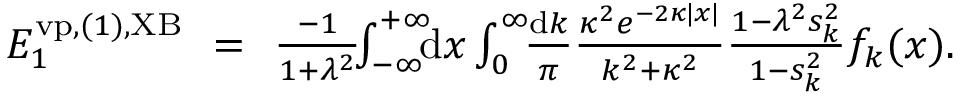
\begin{array} { r l r } { { \cal E } _ { 1 } ^ { \ensuremath { \mathrm { v p } } , ( 1 ) , \mathrm { X B } } \! \! } & { = } & { \! \! \frac { - 1 } { 1 + \lambda ^ { 2 } } \! \! \int _ { - \infty } ^ { + \infty } \! \! \! \mathrm { d } x \int _ { 0 } ^ { \infty } \! \! \frac { \mathrm d k } { \pi } \frac { \kappa ^ { 2 } e ^ { - 2 \kappa | x | } } { k ^ { 2 } + \kappa ^ { 2 } } \frac { 1 - \lambda ^ { 2 } s _ { k } ^ { 2 } } { 1 - s _ { k } ^ { 2 } } f _ { k } ( x ) . \; \; \; \; \; } \end{array}